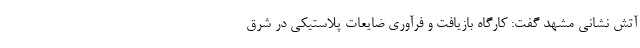
آتش نشانی مشهد گفت: کارگاه بازیافت و فرآوری ضایعات پلاستیکی در شرق